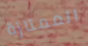
الممتازة